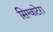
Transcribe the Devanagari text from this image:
सिग्वाटेरा